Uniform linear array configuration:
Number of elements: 24
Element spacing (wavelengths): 1
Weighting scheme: kaiser
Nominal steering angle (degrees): -30
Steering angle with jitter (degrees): -28.803
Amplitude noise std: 0.05
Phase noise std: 0.05

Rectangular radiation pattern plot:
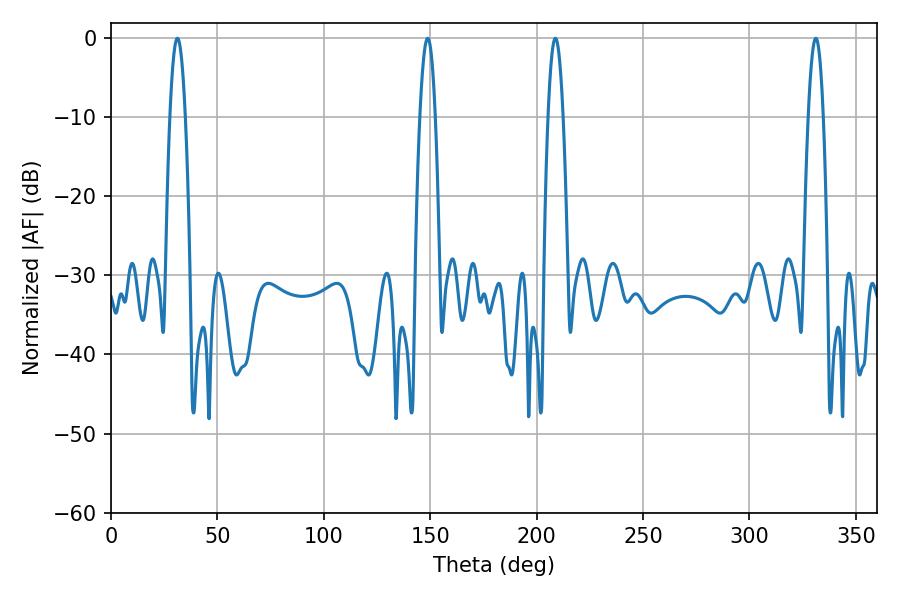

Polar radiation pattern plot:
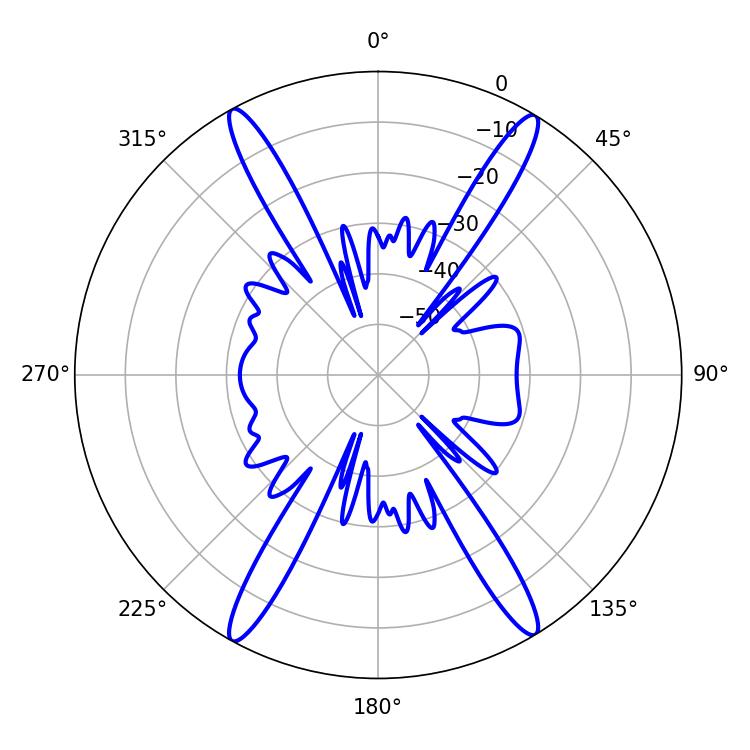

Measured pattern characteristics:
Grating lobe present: TRUE
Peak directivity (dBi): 24.575
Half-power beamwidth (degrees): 3.96
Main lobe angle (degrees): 208.8